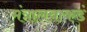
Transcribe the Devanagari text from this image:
मंत्रालयाकडं